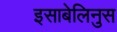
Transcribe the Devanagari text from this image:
इसाबेलिनुस